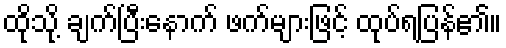
ထိုသို့ ချက်ပြီးနောက် ဖက်များဖြင့် ထုပ်ရပြန်၏။